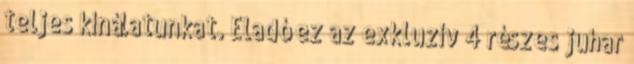
teljes kínálatunkat. Eladó ez az exkluzív 4 részes juhar